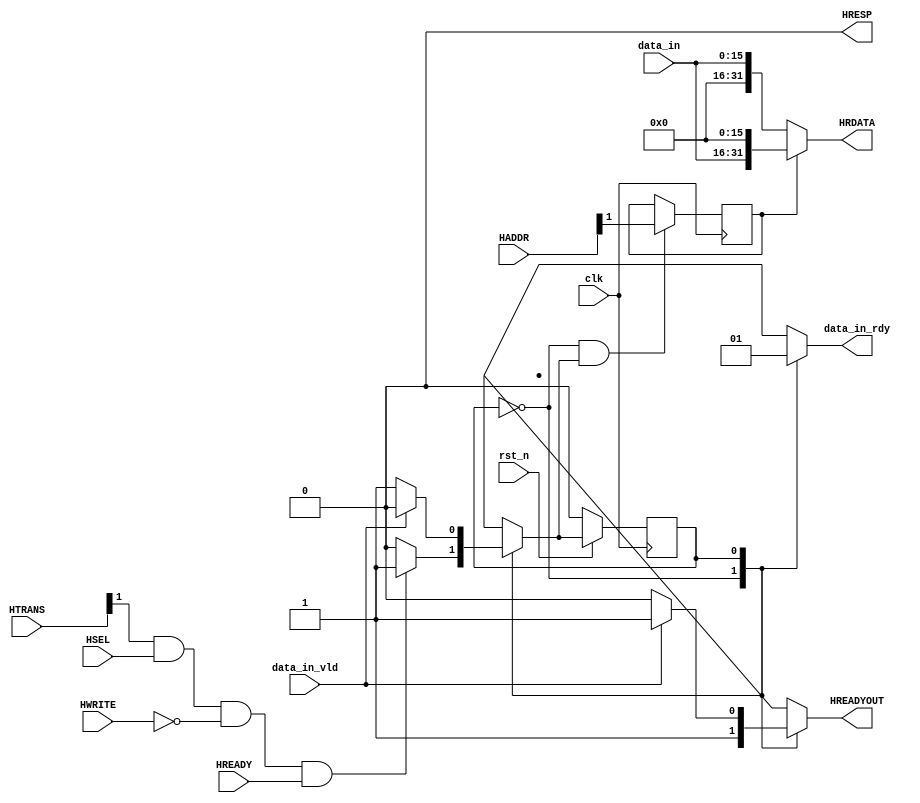
module AHB_FIFO_Read(input wire        clk,rst_n,
                     input wire        data_in_vld,
                     input wire[15:0]  data_in,
                     input wire        HSEL,
                     input wire        HWRITE,
                     input wire        HREADY,
                     input wire[1:0]   HTRANS,
                     input wire[31:0]  HADDR,
                     output reg        HREADYOUT,
                     output wire[31:0] HRDATA,
                     output wire       HRESP,
                     output reg        data_in_rdy);

    assign HRESP  = 1'b0;

    parameter AddrPh = 1'b0;
    parameter DataPh = 1'b1;
    reg curr_state,next_state;

    always @(posedge clk) begin
        if(!rst_n) curr_state <= AddrPh;
        else curr_state <= next_state;
    end

    always @(*) begin
        case(curr_state)
            AddrPh:begin
                data_in_rdy = 1'b0;
                if(HTRANS[1]&HSEL&(~HWRITE)&HREADY)begin
                    next_state  = DataPh;
                    HREADYOUT   = 1'b1;
                end
                else begin
                    next_state  = AddrPh;
                    HREADYOUT   = 1'b1;
                end
            end
            DataPh:begin
                data_in_rdy = 1'b1;
                if(data_in_vld == 1'b1)begin
                    next_state  = AddrPh;
                    HREADYOUT   = 1'b1;
                end
                else begin
                    next_state  = DataPh;
                    HREADYOUT   = 1'b0;
                end
            end
            default:begin
                next_state  = AddrPh;
                HREADYOUT   = 1'b1;
                data_in_rdy = 1'b0;
            end
        endcase
    end

    reg HADDR_1_reg;
    always @(posedge clk) begin
        if((curr_state == AddrPh) && (next_state == DataPh))
            HADDR_1_reg <= HADDR[1];
    end

    assign HRDATA = HADDR_1_reg ? {data_in,16'b0} : {16'b0,data_in};

endmodule